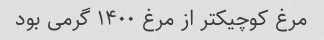
مرغ کوچیکتر از مرغ ۱۴۰۰ گرمی بود